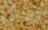
العميد